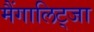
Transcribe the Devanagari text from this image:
मैंगालिट्जा